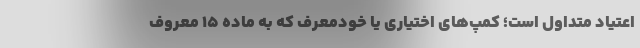
اعتیاد متداول است؛ کمپ‌های اختیاری یا خودمعرف که به ماده ۱۵ معروف